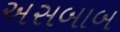
અસબાબ